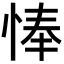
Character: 𢜗